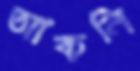
আকনি